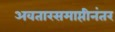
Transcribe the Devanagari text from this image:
अवतारसमाप्तीनंतर